Document type: bank_statement
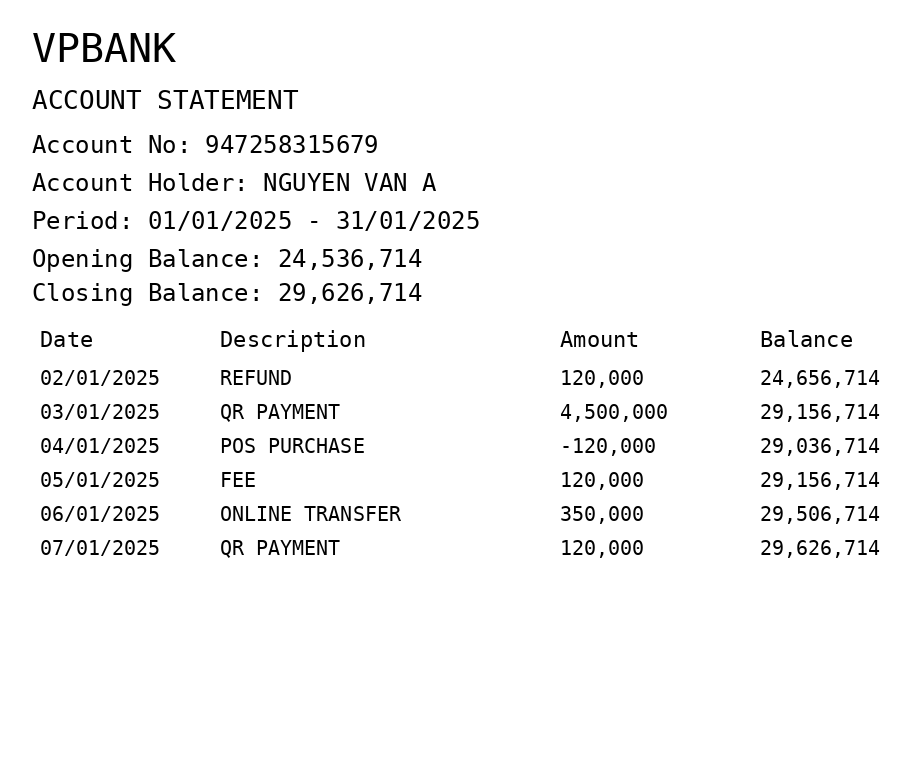
OCR transcript:
VPBANK
ACCOUNT STATEMENT
Account No: 947258315679
Account Holder: NGUYEN VAN A
Period: 01/01/2025 - 31/01/2025
Opening Balance: 24,536,714
Closing Balance: 29,626,714
Date
Description
Amount
Balance
02/01/2025
REFUND
120,000
24,656,714
03/01/2025
QR PAYMENT
4,500,000
29,156,714
04/01/2025
POS PURCHASE
-120,000
29,036,714
05/01/2025
FEE
120,000
29,156,714
06/01/2025
ONLINE TRANSFER
350,000
29,506,714
07/01/2025
QR PAYMENT
120,000
29,626,714
Extracted fields:
bank_name: vpbank
account_number: 947258315679
account_holder: nguyen van a
statement_period: 01/01/2025 - 31/01/2025
opening_balance: 24536714
closing_balance: 29626714
transactions: date: 2025-01-02
description: refund
amount: 120000
balance: 24656714
date: 2025-01-03
description: qr payment
amount: 4500000
balance: 29156714
date: 2025-01-04
description: pos purchase
amount: -120000
balance: 29036714
date: 2025-01-05
description: fee
amount: 120000
balance: 29156714
date: 2025-01-06
description: online transfer
amount: 350000
balance: 29506714
date: 2025-01-07
description: qr payment
amount: 120000
balance: 29626714